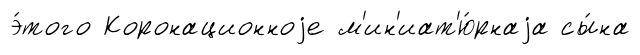
э́того Коронационноjе м'ин'иат'ю́рнаjа сы́на